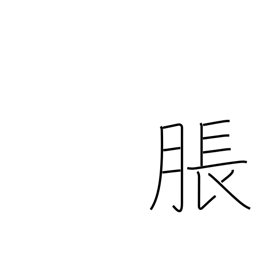
Meaning: bulge